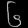
Digit: ၆